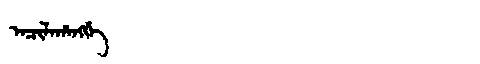
Manchu: ᠠᠴᡳᠯᠠᡥᠠᠩᡤᡝ
Romanization: ACILAHANGGE